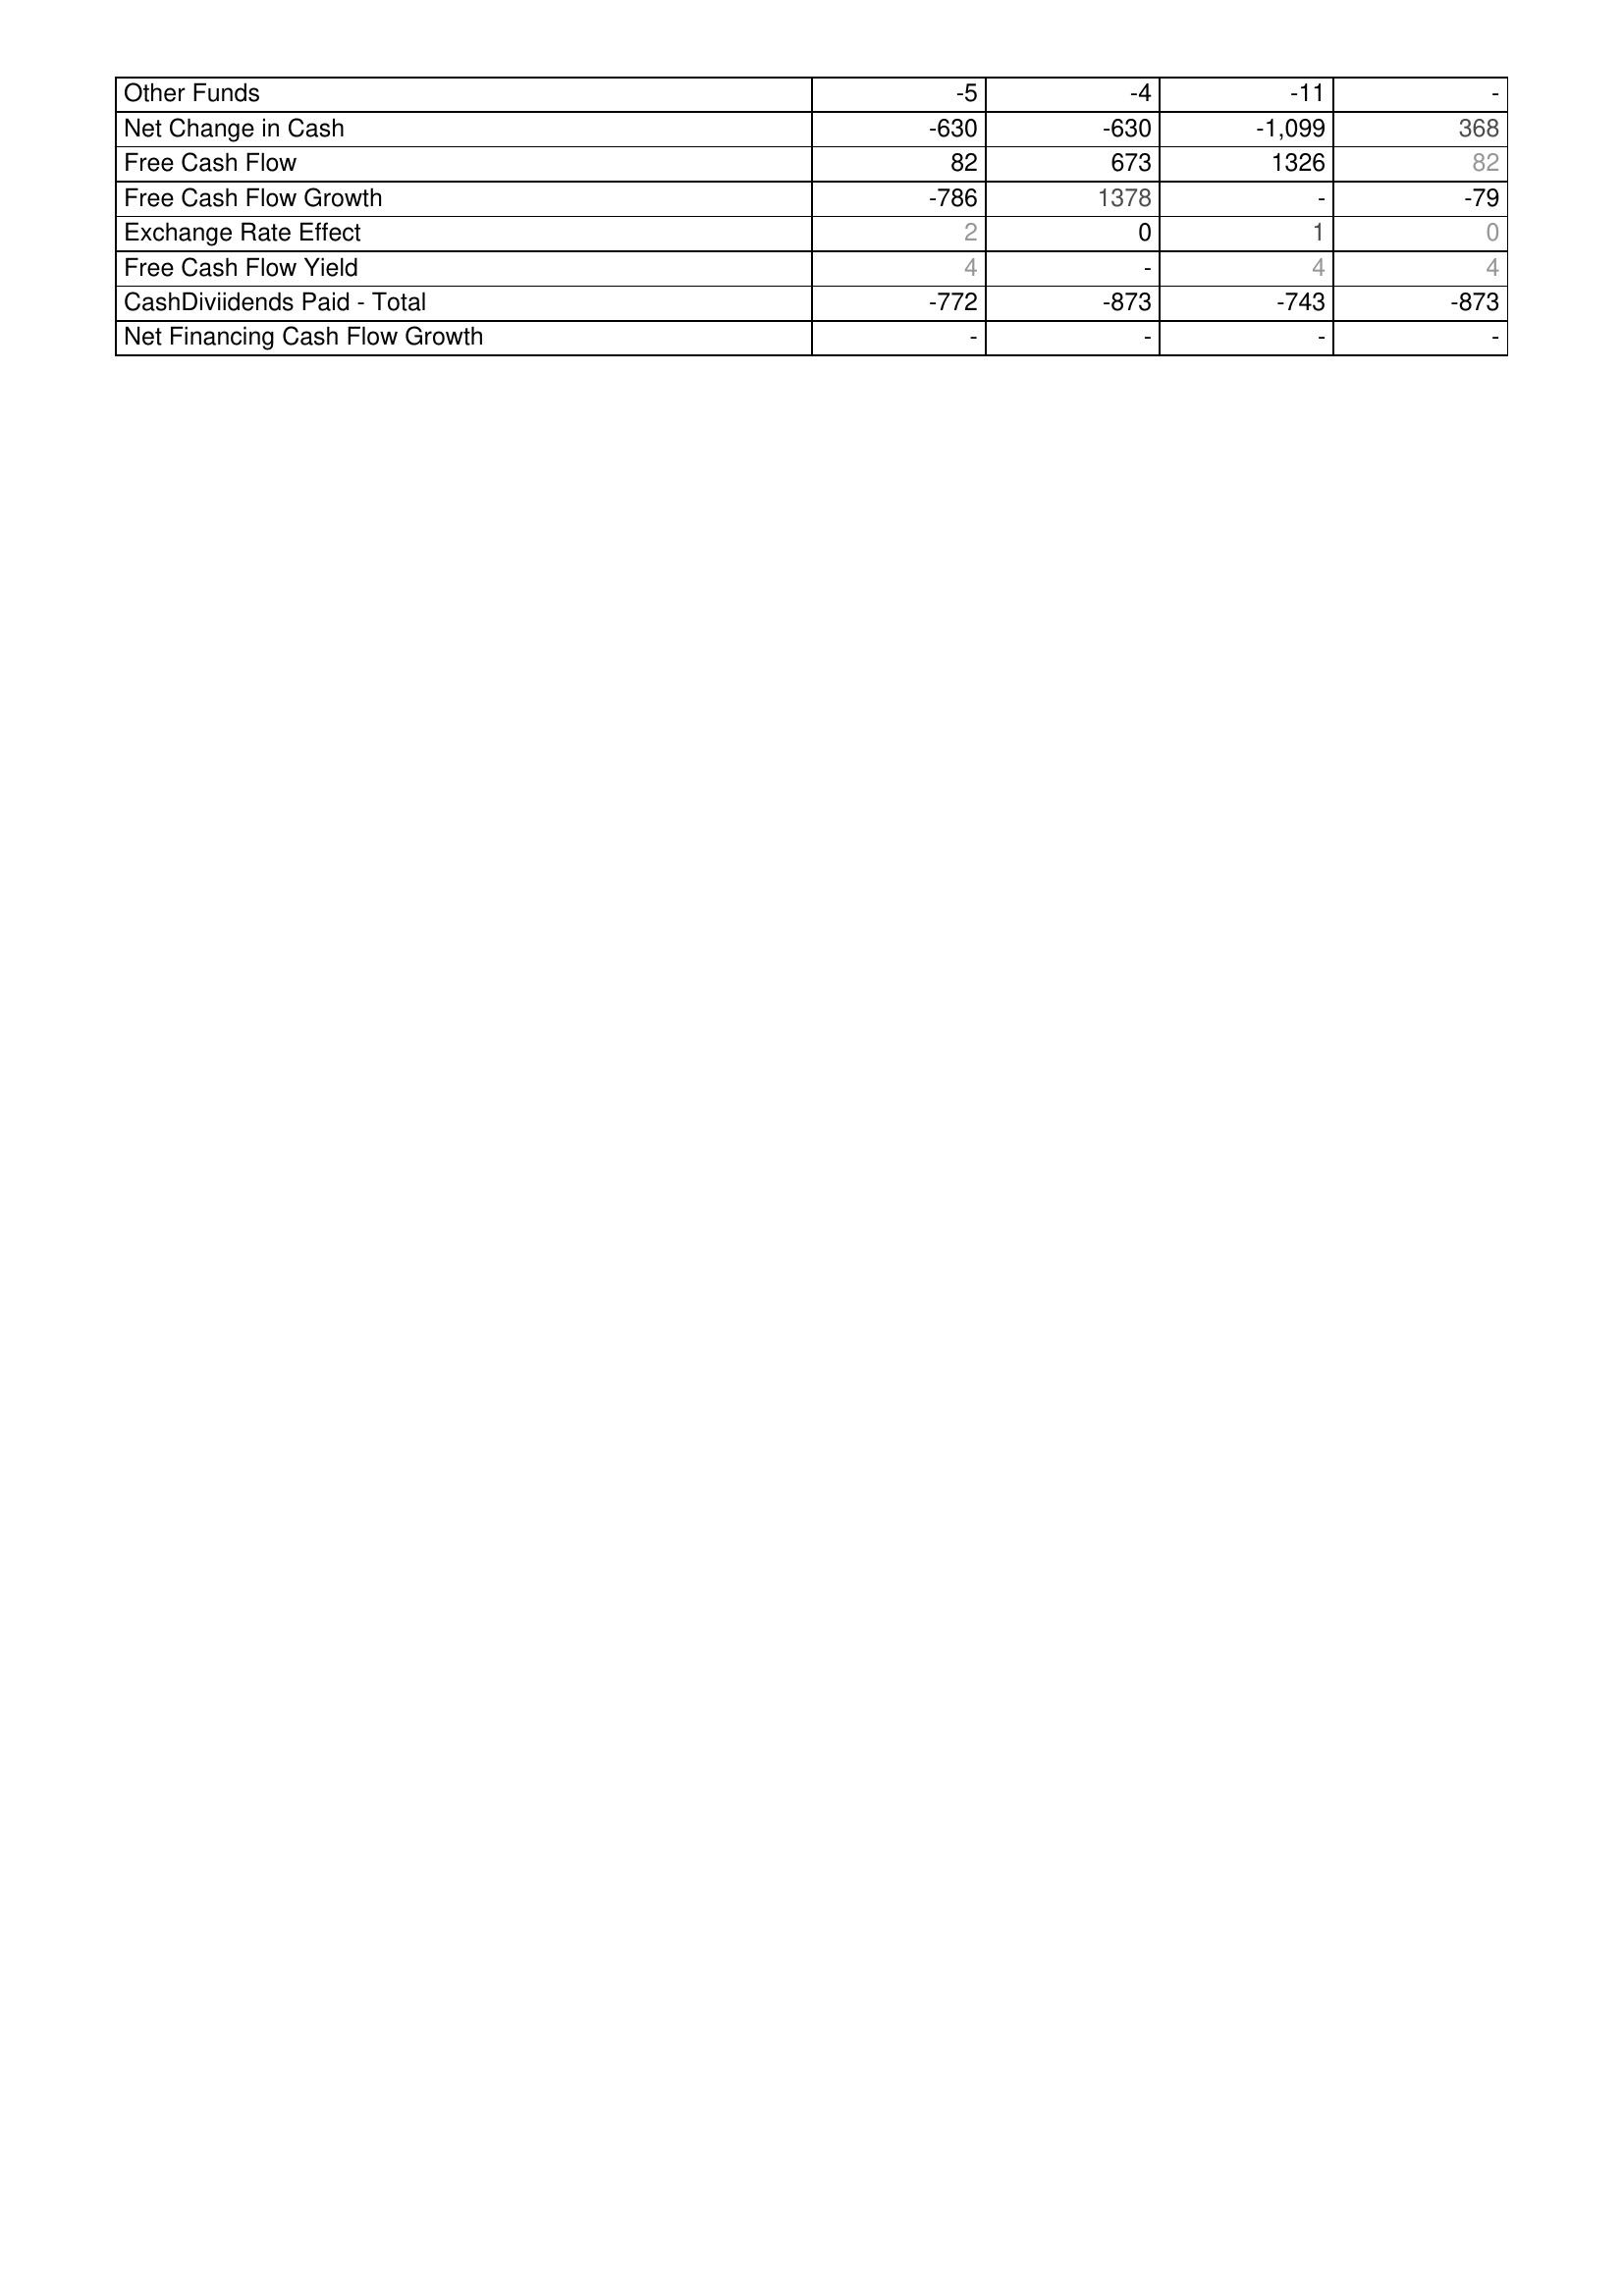
2013: Financing Activities: Other Funds: -5
Net Change in Cash: -630
Free Cash Flow: 82
Free Cash Flow Growth: -786
Exchange Rate Effect: 2
Free Cash Flow Yield: 4
CashDiviidends Paid - Total: -772
Net Financing Cash Flow Growth: -
2014: Financing Activities: Other Funds: -4
Net Change in Cash: -630
Free Cash Flow: 673
Free Cash Flow Growth: 1378
Exchange Rate Effect: 0
Free Cash Flow Yield: -
CashDiviidends Paid - Total: -873
Net Financing Cash Flow Growth: -
2015: Financing Activities: Other Funds: -11
Net Change in Cash: -1,099
Free Cash Flow: 1326
Free Cash Flow Growth: -
Exchange Rate Effect: 1
Free Cash Flow Yield: 4
CashDiviidends Paid - Total: -743
Net Financing Cash Flow Growth: -
2016: Financing Activities: Other Funds: -
Net Change in Cash: 368
Free Cash Flow: 82
Free Cash Flow Growth: -79
Exchange Rate Effect: 0
Free Cash Flow Yield: 4
CashDiviidends Paid - Total: -873
Net Financing Cash Flow Growth: -